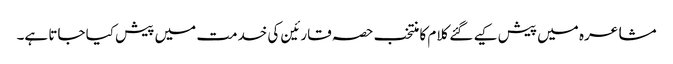
مشاعرہ میں پیش کیے گئے کلام کا منتخب حصہ قارئین کی خدمت میں پیش کیا جاتا ہے۔